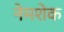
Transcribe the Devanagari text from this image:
नेमशेक